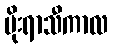
မိုးရာသီကာလ